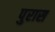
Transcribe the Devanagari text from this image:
पुरास